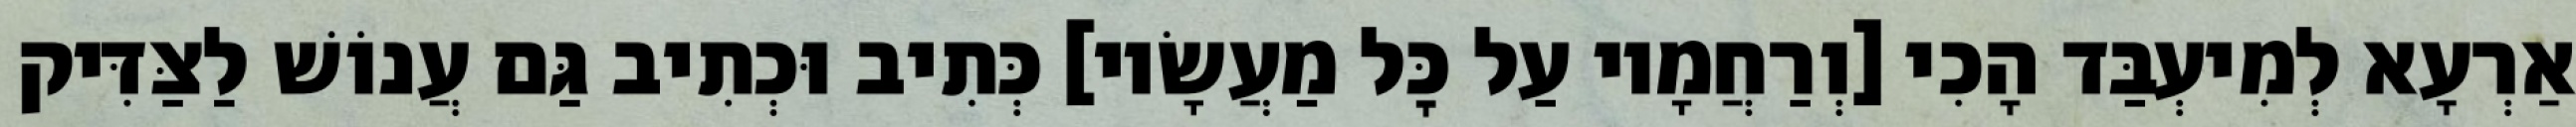
אַרְעָא לְמִיעְבַּד הָכִי [וְרַחֲמָיו עַל כׇּל מַעֲשָׂיו] כְּתִיב וּכְתִיב גַּם עֲנוֹשׁ לַצַּדִּיק